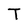
Character: T